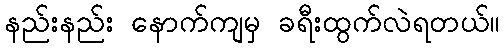
နည်းနည်း နောက်ကျမှ ခရီးထွက်လဲရတယ်။